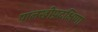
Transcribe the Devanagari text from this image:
पालखीप्रदक्षिणा